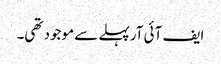
ایف آئی آرپہلے سے موجود تھی۔